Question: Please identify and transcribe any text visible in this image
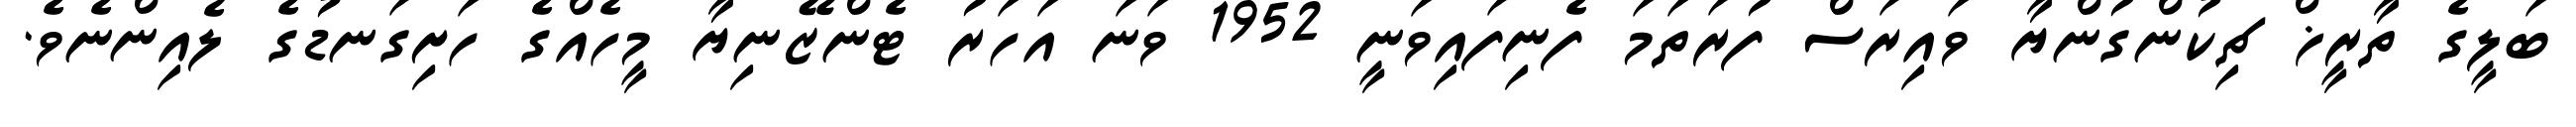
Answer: ބަލީގެ ތާރީޚް ޗިކުންގުންޔާ ވައިރަސް ފުރަތަމަ ފެނިފައިވަނީ 1952 ވަނަ އަހަރު ޓެންޒޭނިޔާ މީހެއްގެ ހަށިގަނޑުގެ ލެއިންނެވެ.